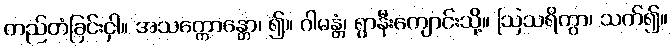
တည်တံခြင်းငှါ။ အသက္ကောန္တော၊ ၍။ ဂါမန္တံ၊ ရွာနီးကျောင်းသို့။ ဩသရိတွာ၊ သက်၍။